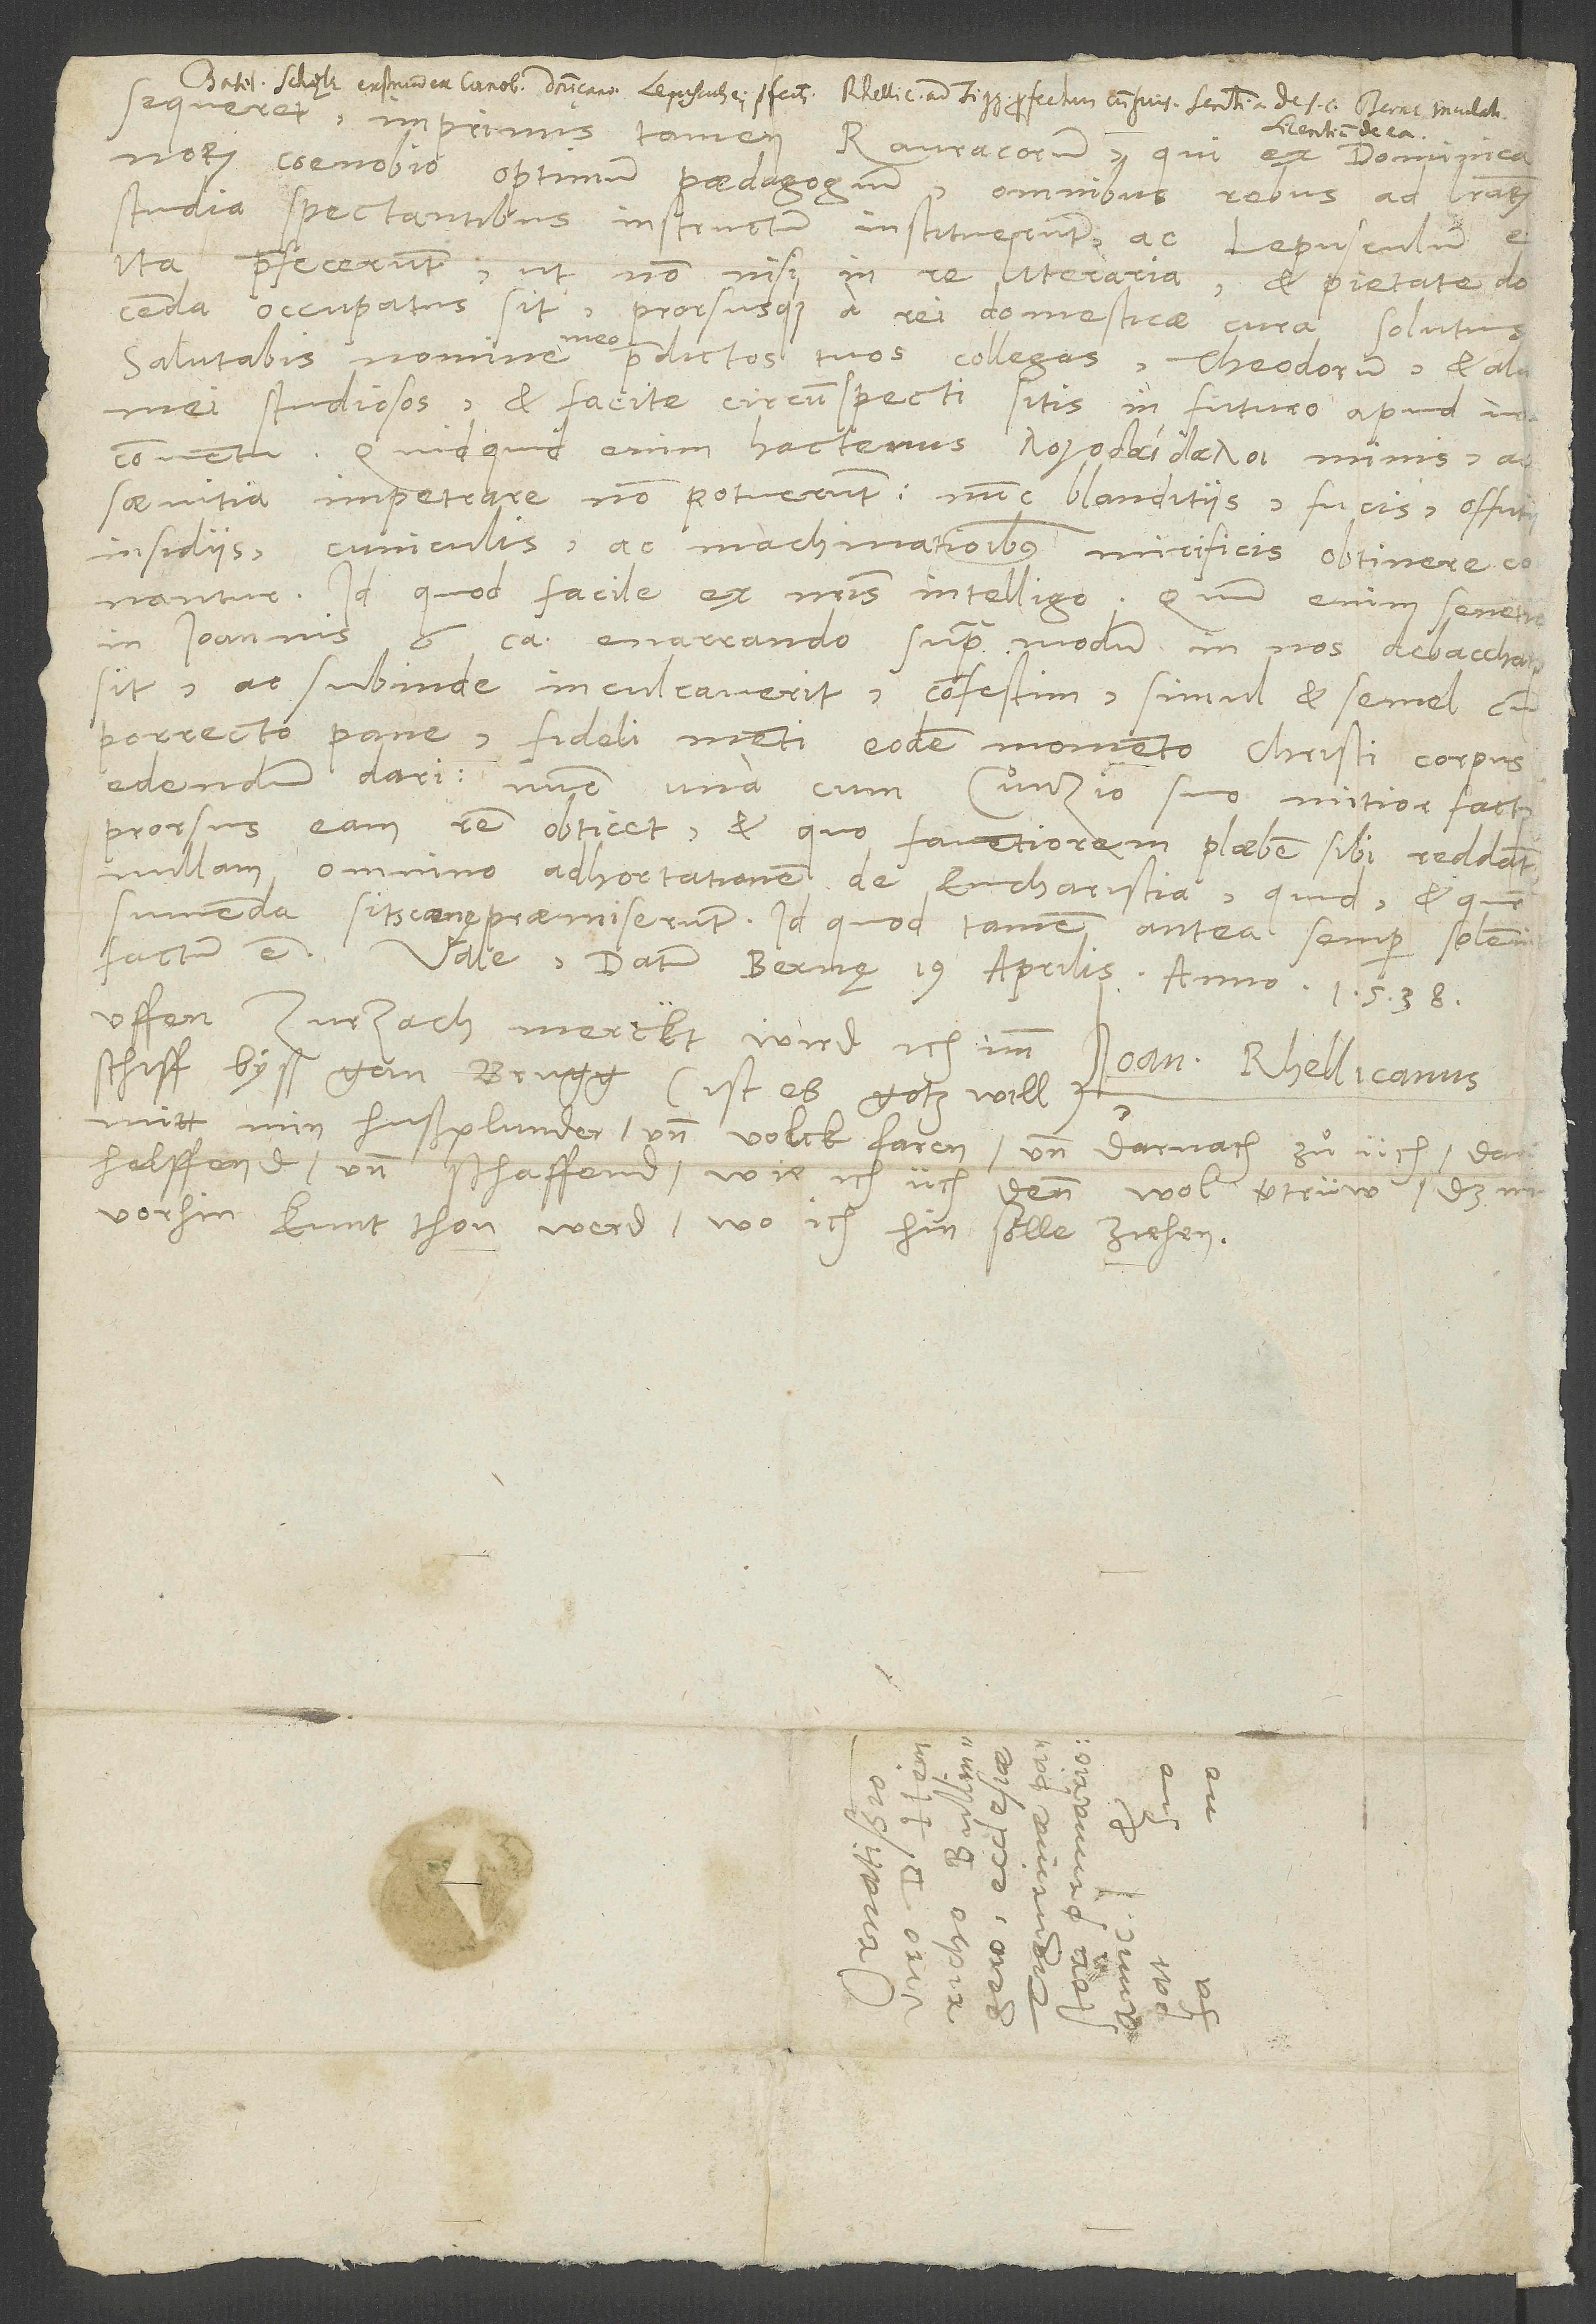
sequeretur, imprimis tamen Rauracorum, qui ex dominicanorum
coenobio optimum paedagogium omnibus rebus ad literarum
studia spectantibus instructum instituerunt ac Lepusculum ei
ita praefecerunt, ut non nisi in re literaria et pietate docenda
occupatus sit prorsusque a rei domesticae cura solutus.
Salutabis nomine meo praedictos tuos collegas, Theodorum et alios
mei studiosos, et facite circumspecti sitis in futuro apud
conventu. Quidquid enim hactenus minis ac
saevitia impetrare non potuerunt, nunc blanditiis, fucis, offutii
factum est. Vale. Datum Bernę, 19. aprilis anno 1538.
Uffen Zurzach merckt wird ich imm
Ioan. Rhellicanus.
schiff byß gan Brugg (ist es gotz will)
mitt min hußplunder und volck faren und darnach zuͦ üch; daru
vorhin kunt thon werd, wo ich hin sölle ziehen.